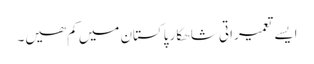
ایسے تعمیراتی شاھکار پاکستان میں کم ھیں۔